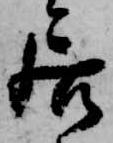
居